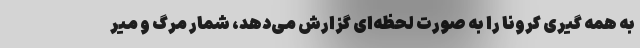
به همه گیری کرونا را به صورت لحظه‌ای گزارش می‌دهد، شمار مرگ و میر